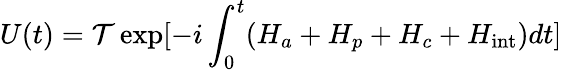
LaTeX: U(t)=\mathcal{T}\exp[-i\int_{0}^{t}(H_{a}+H_{p}+H_{c}+H_{\mathrm{int}})dt]